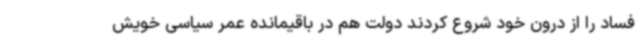
فساد را از درون خود شروع کردند دولت هم در باقیمانده عمر سیاسی خویش